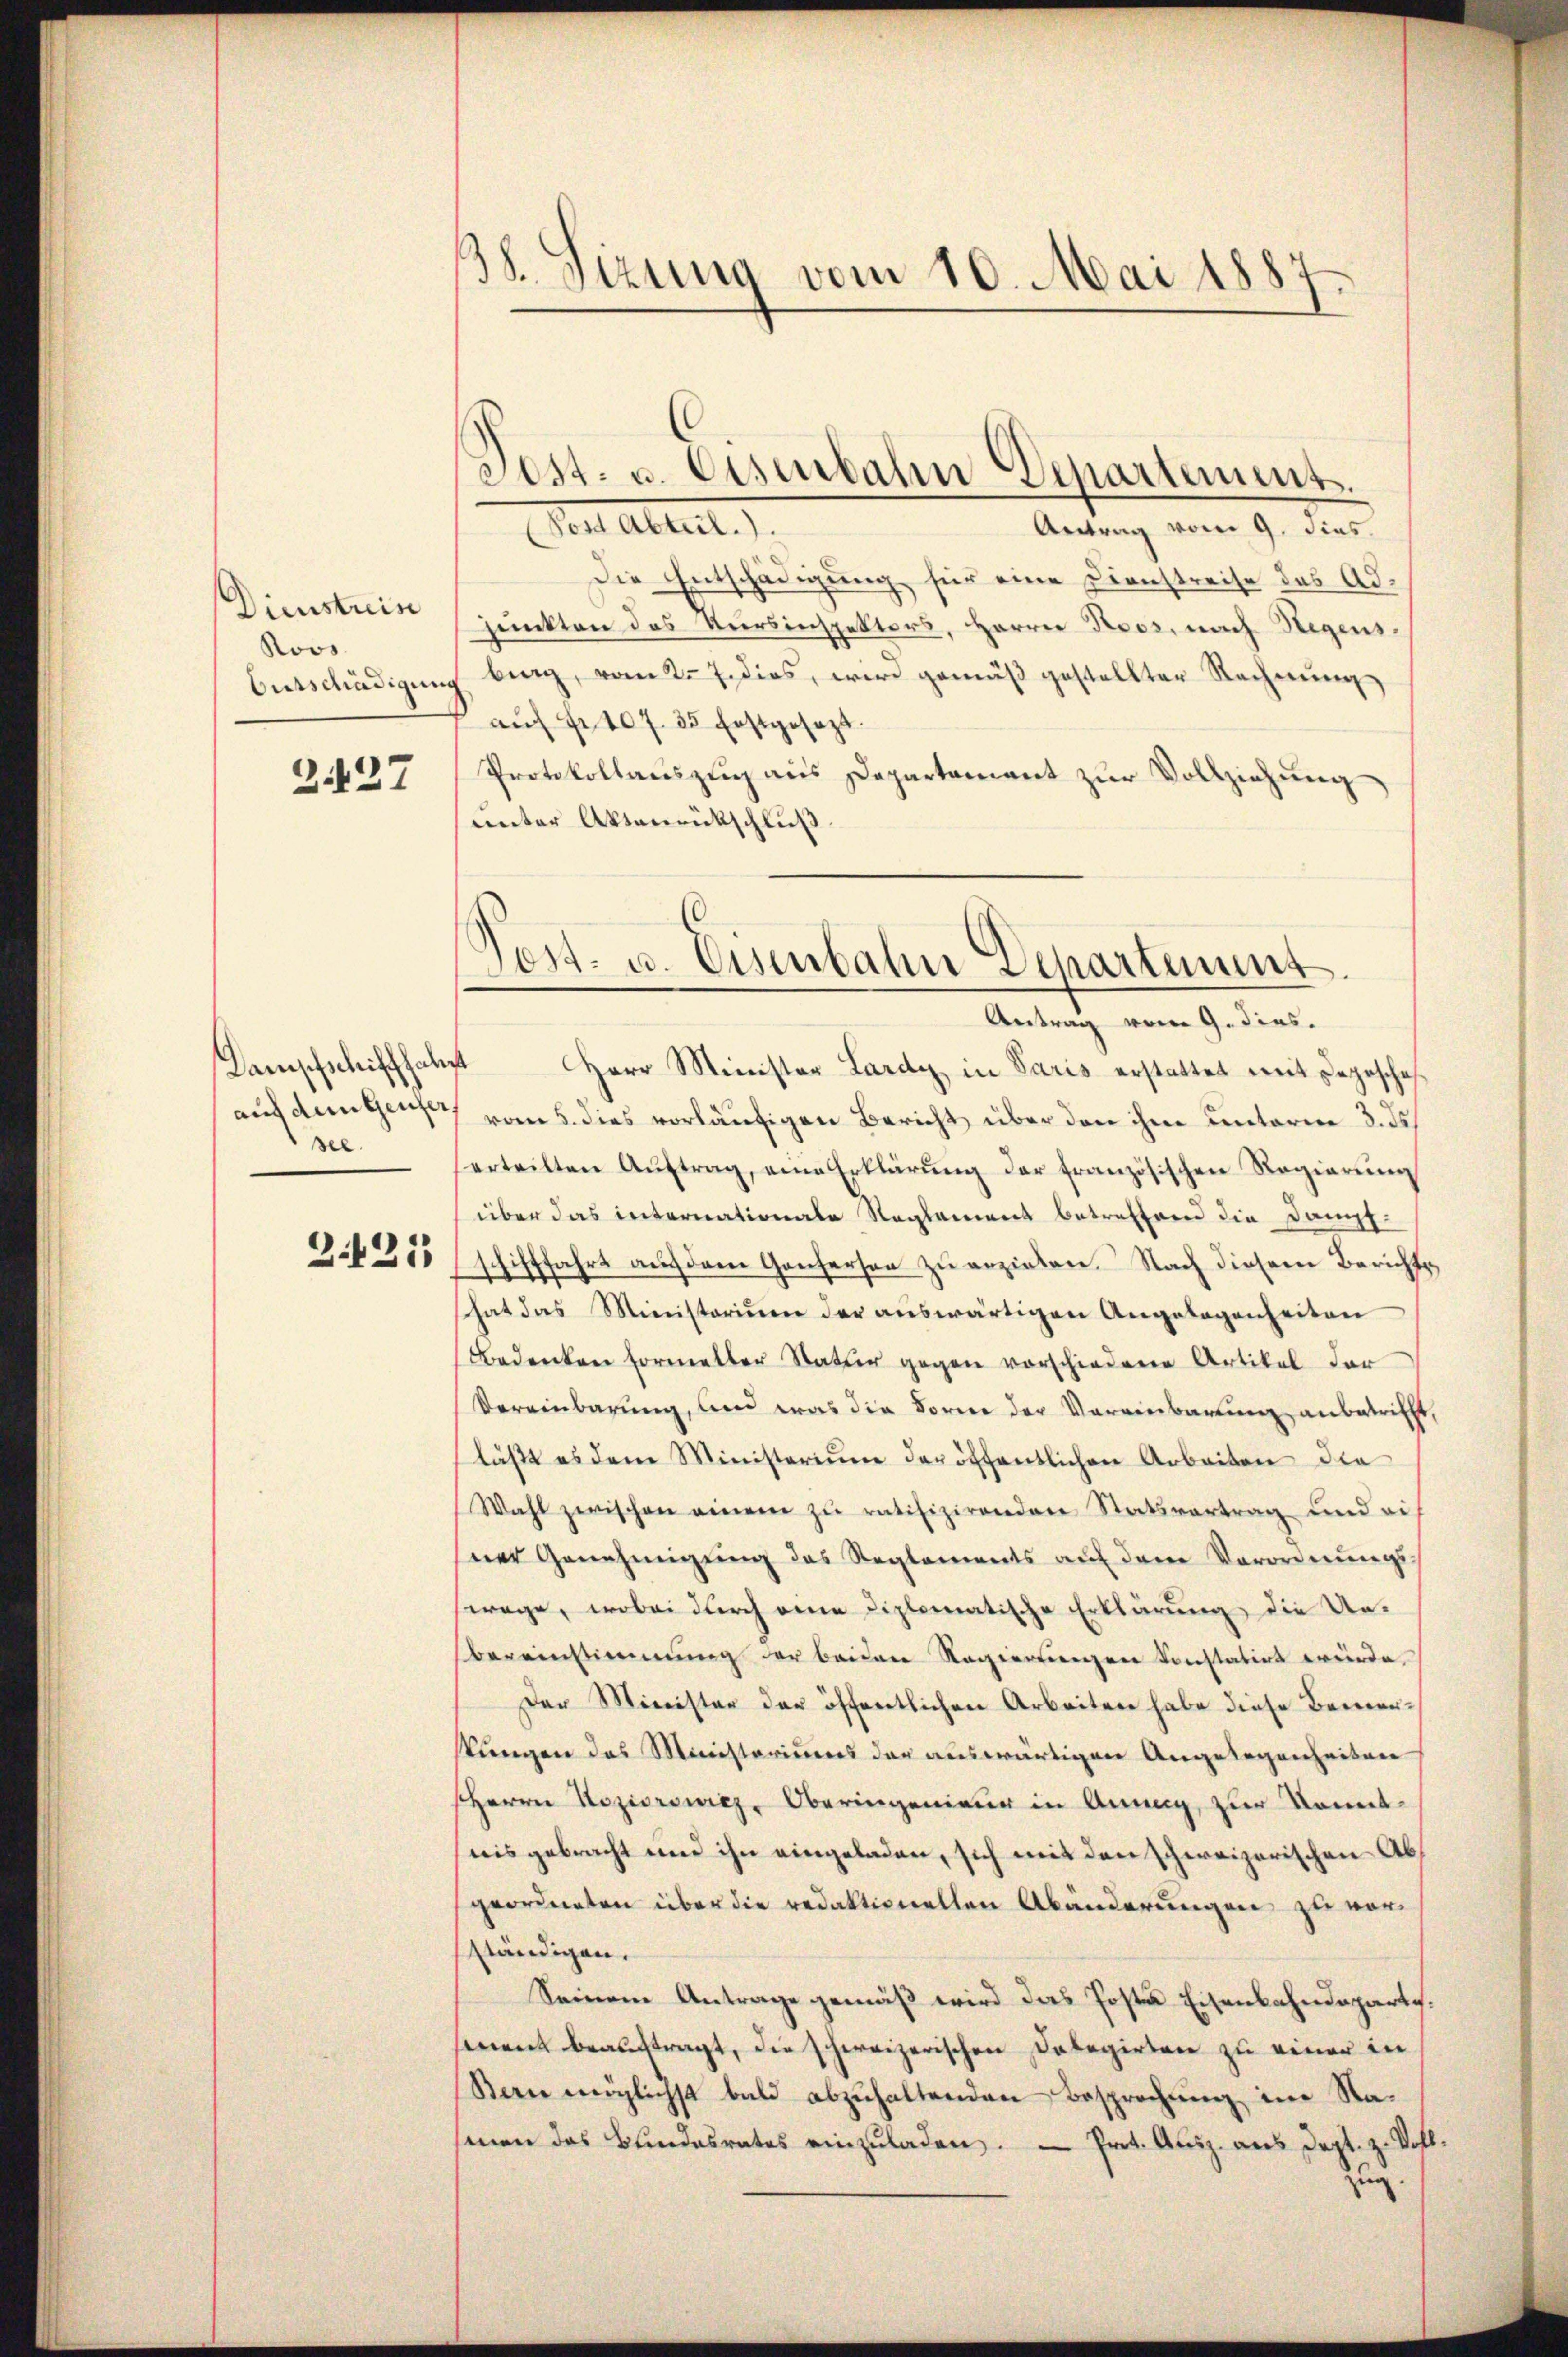
Dienstris
Roos

3.427

see.

Z.425

38. Sizung vom 10. Mai 1887

Den Abteilt.
Antrag vom 9. dies
Die Entschädigung für eine Dienstreise des Adpunkten des Kursinspektors, Herrn Roos, nach Regens¬
Ontschädigung brag, vom 227. dies, wird gemäß gestellter Rechnung
aŭf Fr. 407. 35 festgesezt.
Protokollauszug aus Departement zur Vollziehung
unter Aktenrückschluß.
Antrag vom 9. dies.
Dampfschifffahrt Herr Minister Lardy in Paris erstattet mit degeschafauf dem Genfer vom 5. dies vorläufigen Bericht über den ihm unterm 3. ds.
erteilten Aŭftrag, eine Erklärŭng der französischen Regierŭng
über das internationale Reglement betreffend die Dampfschifffahrt auf dem Genferson zu erziehen. Nach diesem Berichts
hat das Ministerium der aŭswärtigen Angelegenheiten
Bedenken formelter Natur gegen vorschiedene Artikel der
Vereinbarung, und was die Forne der Vereinbarung anbetrifft,
läβt es dem Ministerium der öffentlichen Arbeiten die
Wahl zwischen einem zu ratifizirenden Statsvertrag und einer Genehmigung des Reglements auf dem Verordnungswage, wobei durch eine diplomatische Erklärung, die Un-
Vereinstimmung der beiden Regierungen konstatirt würde,
Der Minister der öffentlichen Arbeiten habe diese Bemerstungen des Ministoriums der auswärtigen Angelegenheiten
HHerrn Koziorowicz, Oberingenieur in Annig, zur konntnis gebracht und ihn eingeladen, sich mit den schweizerischen Abgeordneten über die redaktionellen Abänderungen zu vorständigen.
Seinem Antrage gemäß wird das Posten Eisenbahndeparte.
ment beauftragt, die schweizerischen Delegirten zu einer in
Seen möglichst bald abzuhaltenden Besprochung in Nasmen das Bundesrates einzuladen. — Prot. Ausz. aus dort. z. Voll¬
Zug.

Post. v. Eisenbahn-Departement.

Post- u. Eisenbahn Departement.